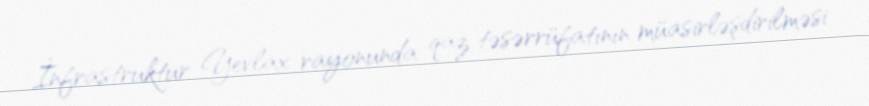
İnfrastruktur Yevlax rayonunda qaz təsərrüfatının müasirləşdirilməsi